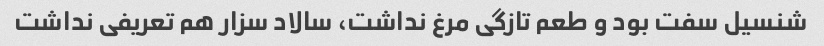
شنسیل سفت بود و طعم تازگی مرغ نداشت، سالاد سزار هم تعریفی نداشت